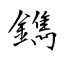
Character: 鐫